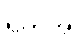
ရက်အ